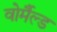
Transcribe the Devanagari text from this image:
वोर्मैल्ड